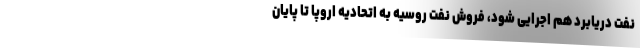
نفت دریابرد هم اجرایی شود، فروش نفت روسیه به اتحادیه اروپا تا پایان